Insane asylums in Bengal annual reports 1876-1887 - 1876-1887
Year: 1876
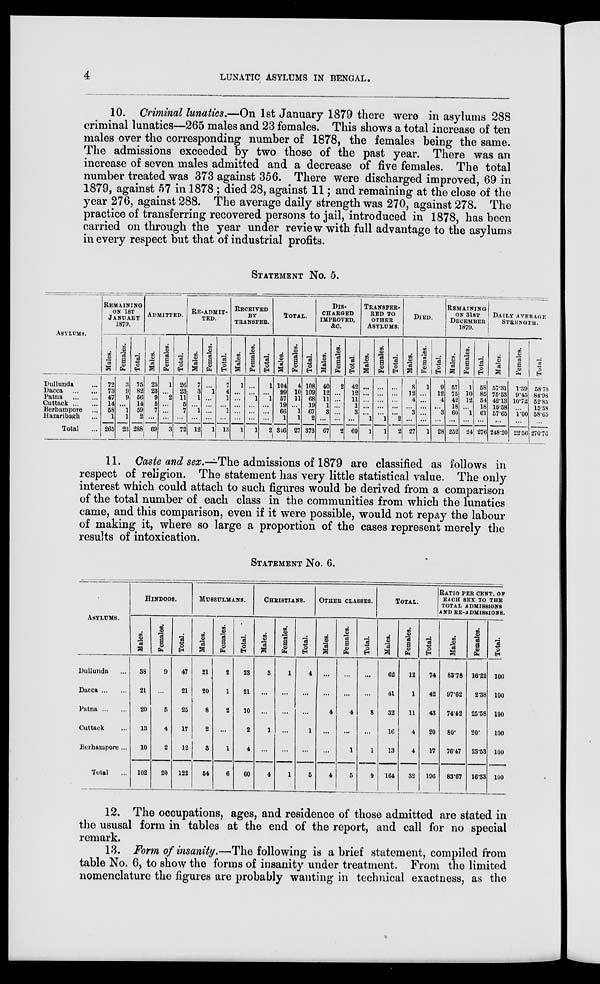
4
LUNATIC ASYLUMS IN BENGAL.
10. Criminal lunatics.—On 1st January 1879 there were in asylums 288
criminal lunatics—265 males and 23 females. This shows a total increase of ten
males over the corresponding number of 1878, the females being the same.
The admissions exceeded by two those of the past year. There was an
increase of seven males admitted and a decrease of five females. The total
number treated was 373 against 356. There were discharged improved, 69 in
1879, against 57 in 1878 ; died 28, against 11; and remaining at the close of the
year 276, against 288. The average daily strength was 270, against 278. The
practice of transferring recovered persons to jail, introduced in 1878, has been
carried on through the year under review with full advantage to the asylums
in every respect but that of industrial profits.
STATEMENT No. 5.
ASYLUMS.
Dullunda ...
Dacca
... ...
Patna
...
...
Cuttack ... ...
Berhampore ...
Hazaribagh ...
Total ...
REMAINING
ON 1ST
JANUARY
1879.
Males.
72
73
47
14
58
1
265
Females.
3
9
9
...
1
1
23
Total.
75
82
56
14
59
2
288
ADMITTED.
Males.
25
23
9
5
7
...
69
Females.
1
...
2
...
...
...
3
Total.
26
23
11
5
7
...
72
RE-ADMIT-
TED.
Males.
7
3
1
...
1
...
12
Females.
...
1
...
...
...
...
1
Total.
7
4
1
...
1
...
13
RECEIVED
BY
TRANSFER.
Males.
1
...
...
...
...
...
1
Females.
...
...
1
...
...
...
1
Total.
1
...
1
...
...
...
2
TOTAL.
Males.
104
99
57
19
66
1
346
Females.
4
10
11
...
1
1
27
Total.
108
109
68
19
67
2
373
DIS-
CHARGED
IMPROVED,
&C.
Males.
40
12
11
1
3
...
67
Females.
2
...
...
...
...
...
2
Total.
42
12
11
1
3
...
69
TRANSFER-
--- TO
OTHER
ASYLUMS.
Males.
...
...
...
...
...
1
1
Females.
...
...
...
...
...
1
1
Total.
...
...
...
...
...
2
2
DIED.
Males.
8
12
4
...
3
...
27
Females.
1
...
...
...
...
...
1
Total.
9
12
4
...
3
...
28
REMAINING
ON 31ST
DECEMBER
1879.
Males.
57
75
42
18
60
...
252
Females.
1
10
12
...
1
...
24
Total.
58
85
54
18
61
...
276
DAILY AVERAGE
STRENGTH.
Males.
57.31
75.53
42.13
15.58
57.65
...
248.20
Females.
1.39
9.45
10.72
...
1.00
...
22.56
Total.
58.70
84.98
52.85
15.58
58.65
...
270.76
11. Caste and sex.—The admissions of 1879 are classified as follows in
respect of religion. The statement has very little statistical value. The only
interest which could attach to such figures would be derived from a comparison
of the total number of each class in the communities from which the lunatics
came, and this comparison, even if it were possible, would not repay the labour
of making it, where so large a proportion of the cases represent merely the
results of intoxication.
STATEMENT No. 6.
ASYLUMS.
Dullunda ...
Dacca ... ...
Patna ... ...
Cuttack ...
Berhampore ...
Total ...
HINDOOS.
Males.
38
21
20
13
10
102
Females.
9
...
5
4
2
20
Total.
47
21
25
17
12
122
MUSSULMANS.
Males.
21
20
8
2
3
54
Females.
2
1
2
...
1
6
Total.
23
21
10
2
4
60
CHRISTIANS.
Males.
3
...
...
1
...
4
Females.
1
...
...
...
...
1
Total.
4
...
...
1
...
5
OTHER CLASSES.
Males.
...
...
4
...
...
4
Females.
...
...
4
...
1
5
Total.
...
...
8
...
1
9
TOTAL.
Males.
62
41
32
16
13
164
Females.
12
1
11
4
4
32
Total.
74
42
43
20
17
196
RATIO PER CENT. OF
EACH SEX TO THE
TOTAL ADMISSIONS
AND RE-ADMISSIONS.
Males.
83.78
97.62
74.42
80.
76.47
83.67
Females.
16.22
2.38
25.58
20.
23.53
16.33
Total.
100
100
100
100
100
100
12. The occupations, ages, and residence of those admitted are stated in
the ususal form in tables at the end of the report, and call for no special
remark.
13. Form of insanity.—The following is a brief statement, compiled from
table No. 6, to show the forms of insanity under treatment. From the limited
nomenclature the figures are probably wanting in technical exactness, as the